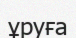
ұруға